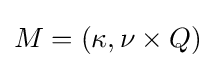
M=(\kappa ,\nu \times Q)